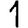
Digit: 1